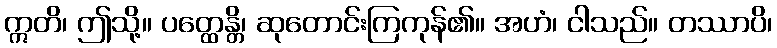
ဣတိ၊ ဤသို့။ ပတ္ထေန္တိ၊ ဆုတောင်းကြကုန်၏။ အဟံ၊ ငါသည်။ တဿာပိ၊